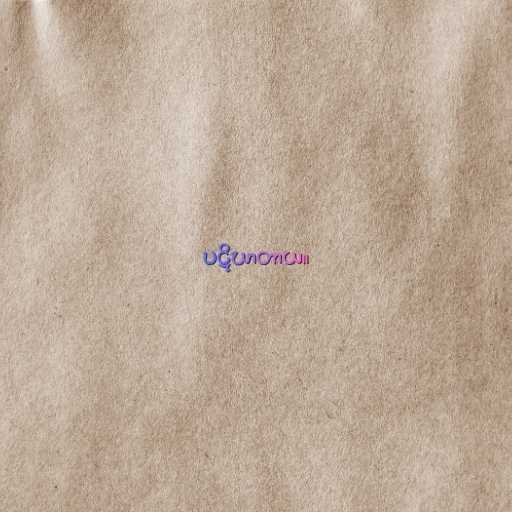
ပဋိဃာတာယ။